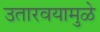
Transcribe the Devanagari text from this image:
उतारवयामुळे